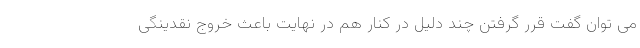
می توان گفت قرر گرفتن چند دلیل در کنار هم در نهایت باعث خروج نقدینگی